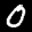
Label: 0